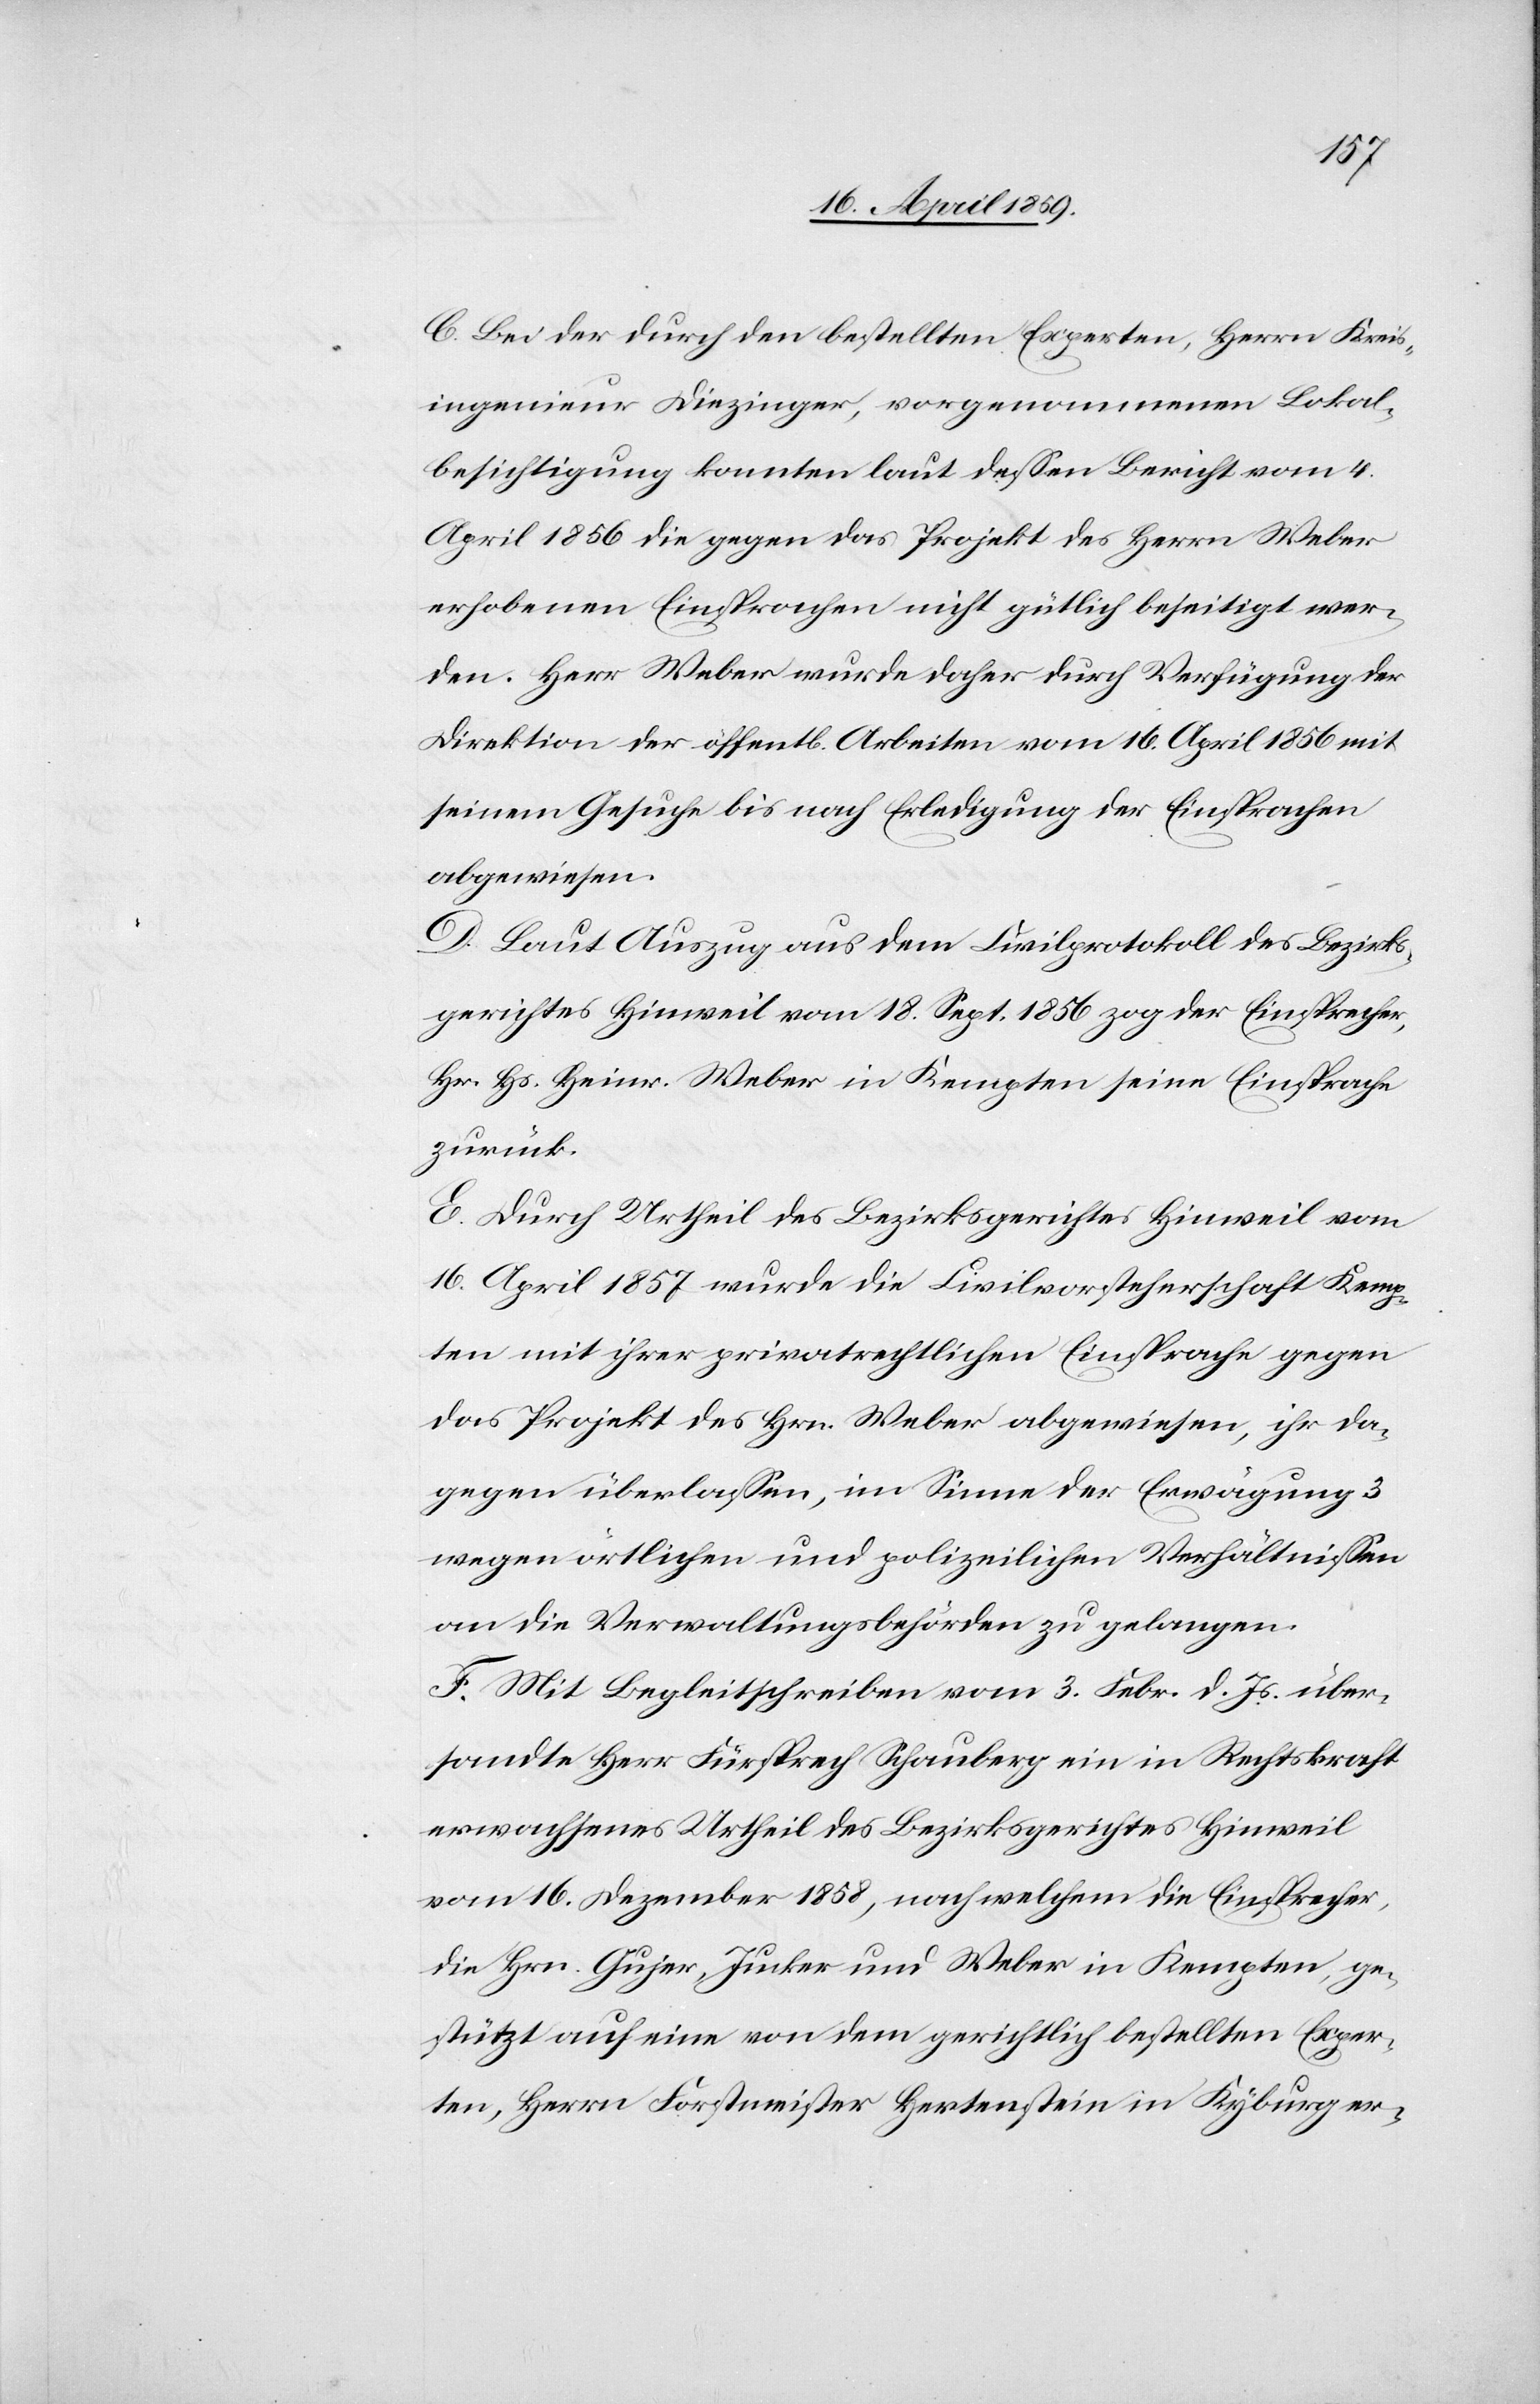
C. Bei der durch den bestellten Experten, Herrn Kreis¬
ingenieur Diezinger, vorgenommenen Lokal¬
besichtigung konnten laut deßen Bericht vom 4.
April 1856 die gegen das Projekt des Herrn Weber
erhobenen Einsprachen nicht gütlich beseitigt wer¬
den. Herr Weber wurde daher durch Verfügung der
Direktion der öffentlichen Arbeiten vom 16. April 1856 mit
seinem Gesuche bis nach Erledigung der Einsprachen
abgewiesen.
D. Laut Auszug aus dem Civilprotokoll des Bezirks¬
gericht Hinweil vom 18. Sept. 1856 zog der Einsprecher,
Hr. Hs. Heinr. Weber in Kempten seine Einsprache
zurück.
E. Durch Urtheil des Bezirksgerichtes Hinweil vom
16. April 1857 wurde die Civilvorsteherschaft Kemp¬
ten mit ihrer privatrechtlichen Einsprache gegen
das Projekt des Hrn. Weber abgewiesen, ihr da¬
gegen überlaßen, im Sinne der Erwägung 3
wegen örtlichen und polizeilichen Verhältnißen
an die Verwaltungsbehörden zu gelangen.
F. Mit Begleitschreiben vom 3. Febr. d. Js. über¬
sandte Herr Fürsprech Schauberg ein in Rechtskraft
erwachsenes Urtheil des Bezirksgerichtes Hinweil
vom 16. Dezember 1858, nach welchem die Einsprecher,
die Hrn. Gujer, Junker und Weber in Kempten, ge¬
stützt auf eine von dem gerichtlich bestellten Exper¬
ten, Herrn Forstmeister Hertenstein in Kyburg er-